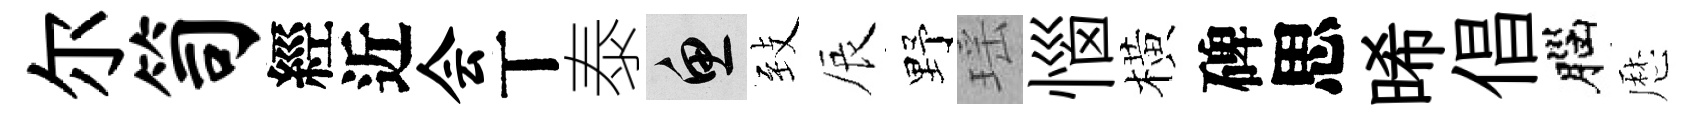
尔笥經近会丅泰魚𦤺辰野瑶惱橫碑思晞倡腦厯